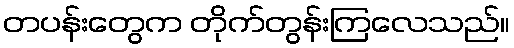
တပန်းတွေက တိုက်တွန်းကြလေသည်။